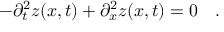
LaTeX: - \partial _ { t } ^ { 2 } z ( x , t ) + \partial _ { x } ^ { 2 } z ( x , t ) = 0 \quad .